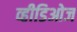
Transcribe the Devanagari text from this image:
व्हीडिओज